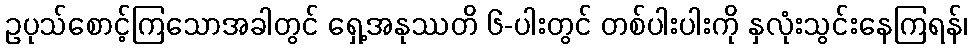
ဥပုသ်စောင့်ကြသောအခါတွင် ရှေ့အနုဿတိ ၆-ပါးတွင် တစ်ပါးပါးကို နှလုံးသွင်းနေကြရန်၊